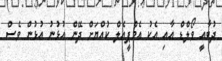
ދުބާއީ ވޯލްޑް އާއި އެކު އެމްޕީއެލް ކުއްޔަށް ދޭން އުޅުނު އުޅުން ވެސް